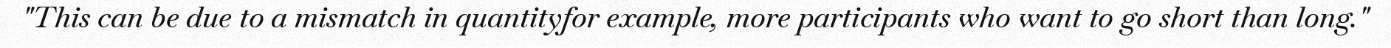
"This can be due to a mismatch in quantityfor example, more participants who want to go short than long."